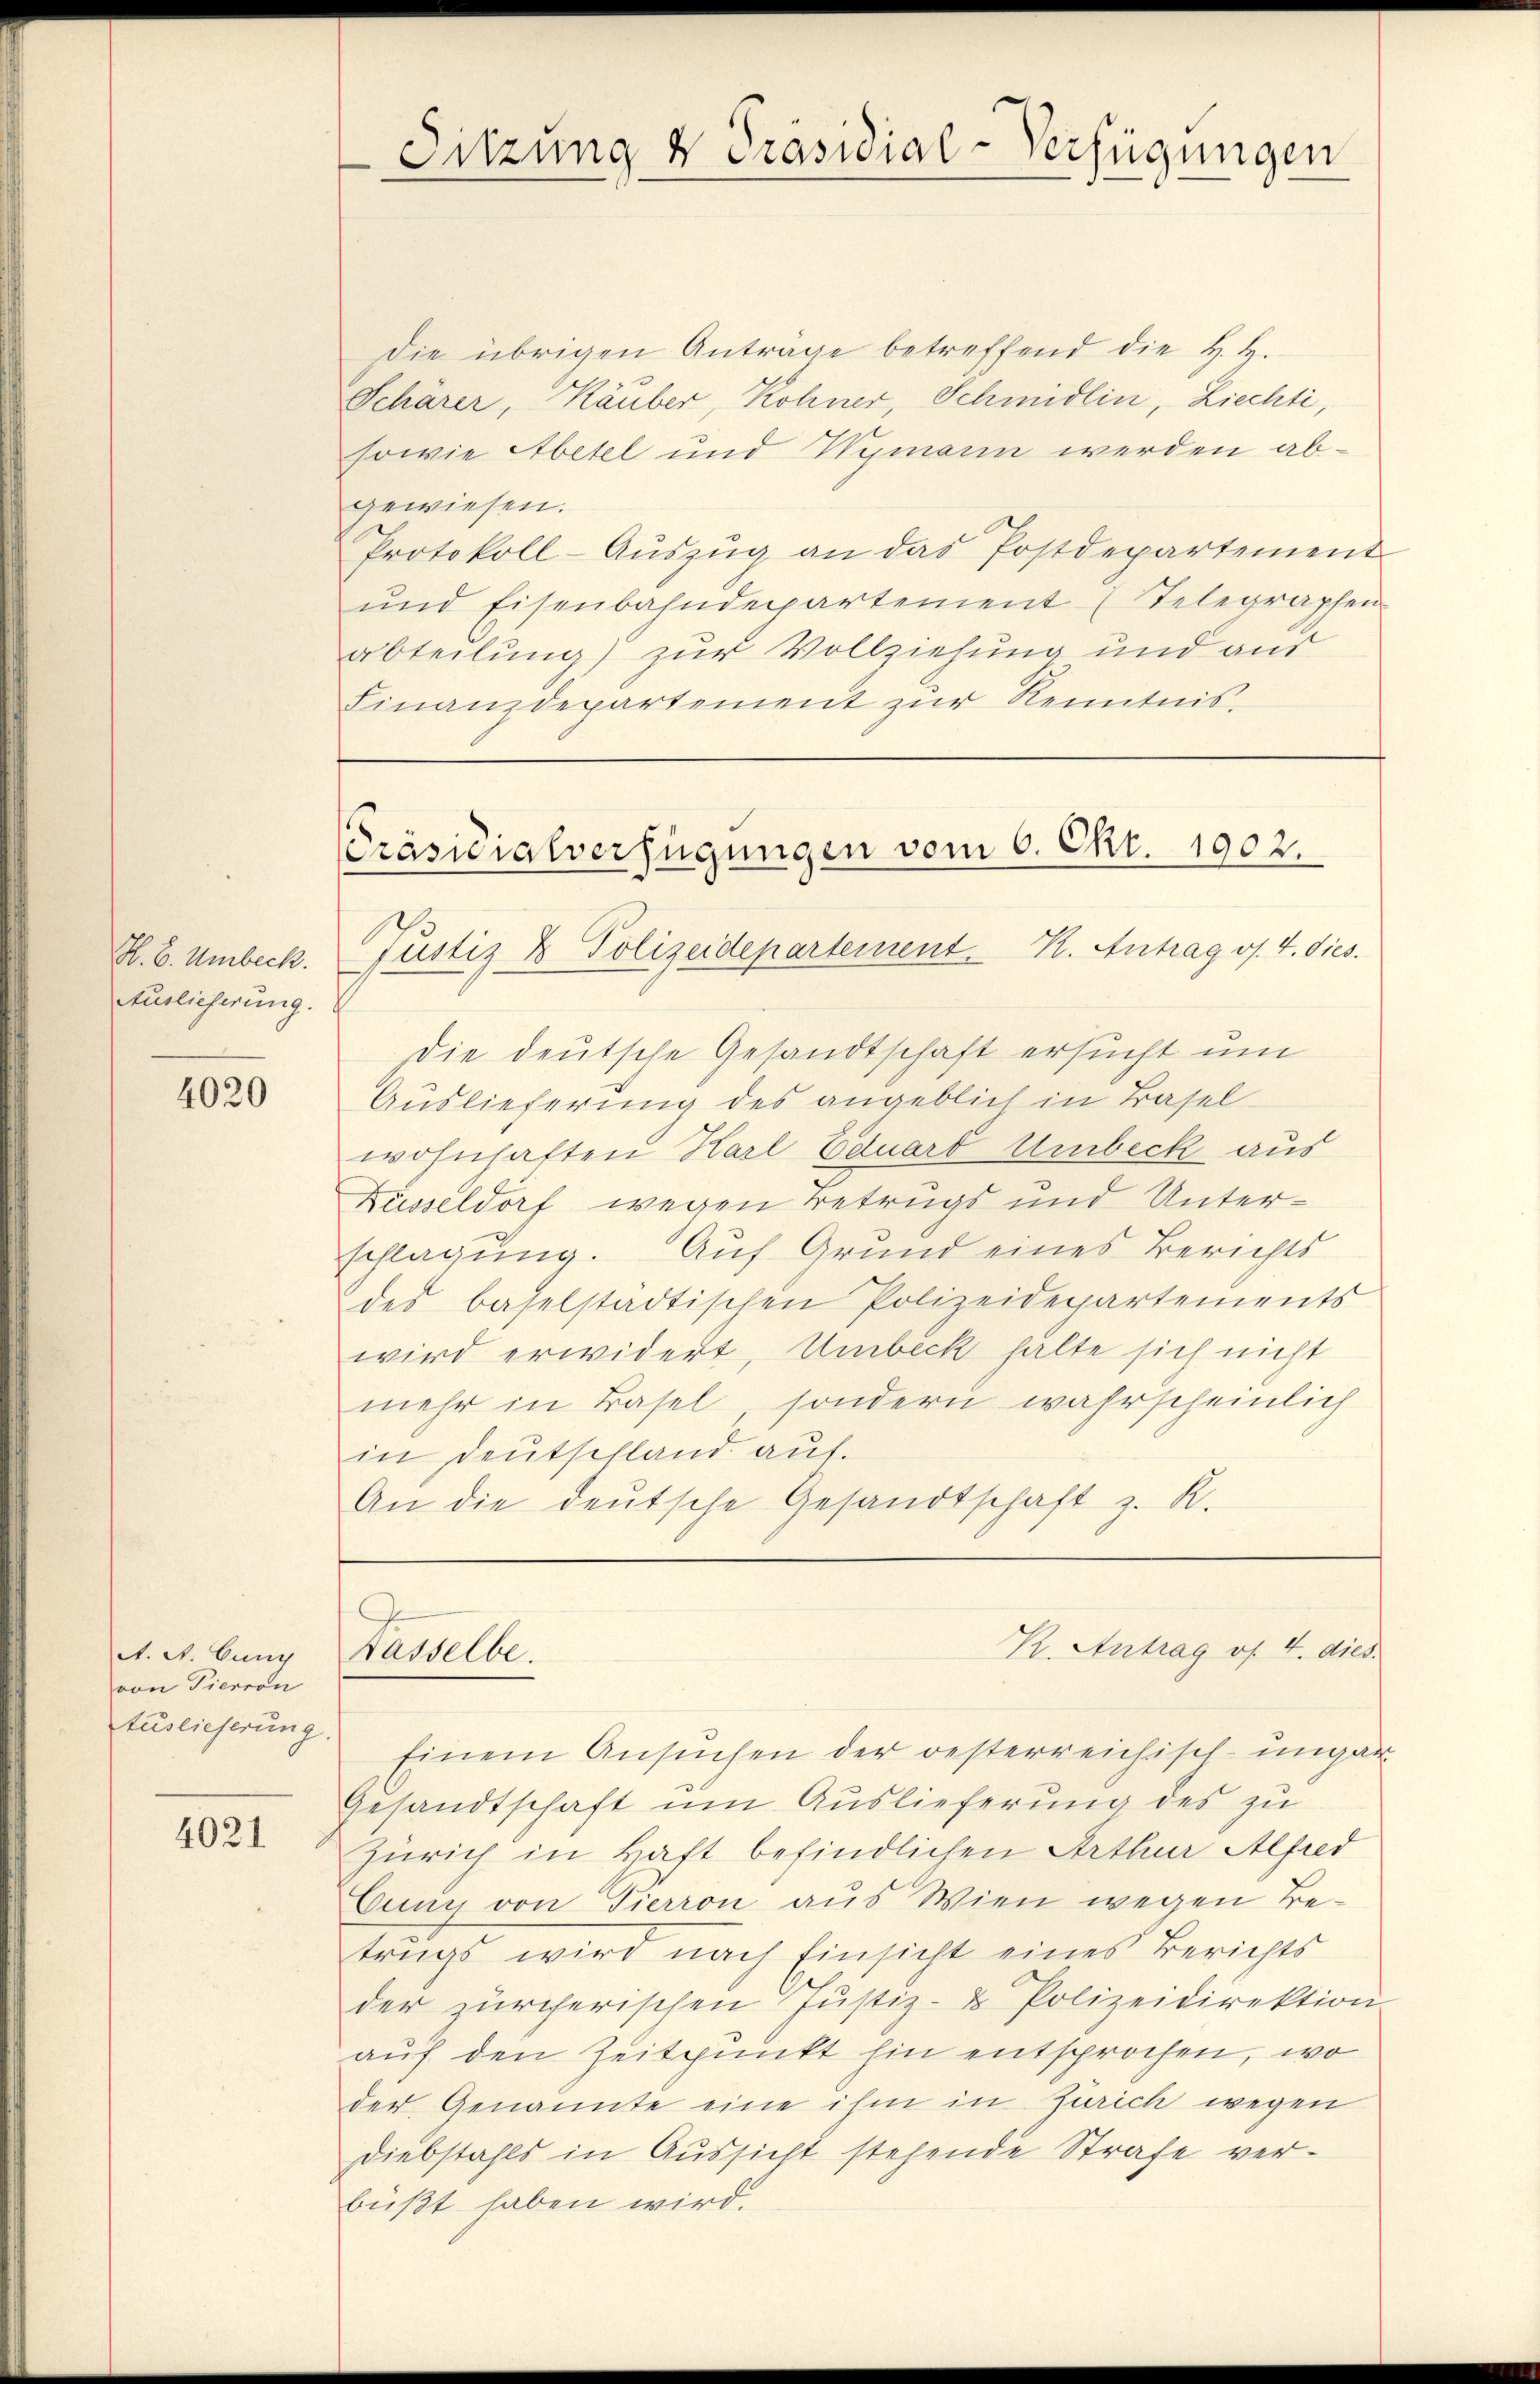
K. B. Umbeck.
Auslieferung.

4020

A. A. Cuny
von Pierron
tuslieferung.

4021

Die übrigen Anträge betreffend die H. H.
Schärer, Käuber, Rohner, Schmidlin, Ziechti,
sowie Abetel und Wymann werden abgewiesen.
Protokoll-Aŭszŭg an das Postdepartement
ŭnd Eisenbahndepartement (Telegraphen
abteilung) zur Vollziehung und aus
Finanzdepartement zur Kenntnis,

Sitzung v. Präsidial-Verfügungen

Präsidialverfügungen vom 6. Okt. 1902.
Justiz & Polizeidepartement. K. Antrag v. 4. dies

Die deutsche Gesandtschaft ersucht um
Auslieferung des angeblich in Basel
wohnhaften Karl Eduard Umbeck aus
Küsseldorf wegen Betrugs und Unterschlagung. Auf Grund eines Berichts
des baselstädtischen Polizeidepartements
wird erwidert, Umbeck halte sich nicht
mehr in Basel, sondern wahrscheinlich
in Deutschland auf.
An die deŭtsche Gesandtschaft z. R.

Kasselbe.

K. Antrag of 4. dies.

Einem Ansuchen der oesterreichisch-ungar
Gesandtschaft um Auslieferung des zu
Zürich in Haft befindlichen Arthur Alfred
Cunn von Tierron aus Wien wegen Betrugs wird nach Einsicht eines Berichts
der zürcherischen Justiz- & Polizeidirektion
auf den Zeitpunkt hin entsprochen, wo
der Genannte eine ihm in Zürich wegen
Diebstahls in Aŭssicht stehende Strafe ver-
büßt haben wird.